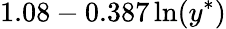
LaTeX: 1.08-0.387\ln(y^{\ast})